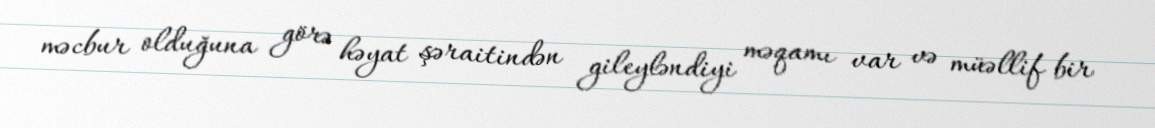
məcbur olduğuna görə həyat şəraitindən gileyləndiyi məqamı var və müəllif bir